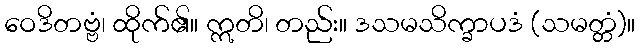
ဝေဒိတဗ္ဗံ၊ ထိုက်၏။ ဣတိ၊ တည်း။ ဒသမသိက္ခာပဒံ (သမတ္တံ)။